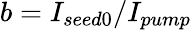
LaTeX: b=I_{seed0}/I_{pump}